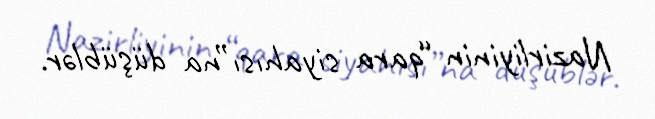
Nazirliyinin “qara siyahısı”na düşüblər.